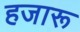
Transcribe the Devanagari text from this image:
हजारू